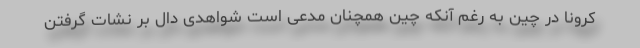
کرونا در چین به رغم آنکه چین همچنان مدعی است شواهدی دال بر نشات گرفتن